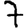
Digit: 7